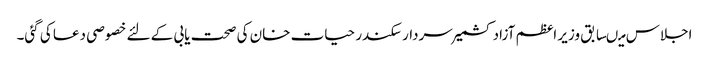
اجلاس میںسابق وزیر اعظم آزاد کشمیر سردار سکندر حیات خان کی صحت یابی کے لئے خصوصی دعا کی گئی۔